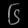
Digit: ၆